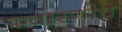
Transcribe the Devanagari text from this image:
फवारणीचे